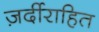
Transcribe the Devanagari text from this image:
ज़र्दीराहित